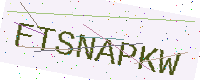
Text: FTSNAPKW